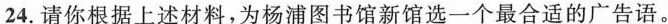
24.请你根据上述材料，为杨浦图书馆新馆选一个最合适的广告语。